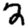
Digit: 2